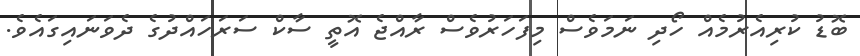
ބޮޑު ކުރިއެރުމެއް ހޯދި ނަމަވެސް މިފަހަރުވެސް ރާއްޖެ އޮތީ ސާކް ސަރަހައްދުގެ ދެވަނައިގައެވެ.